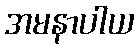
အမနာပါယ